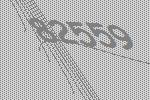
82559